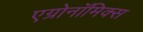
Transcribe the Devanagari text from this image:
एग्रोनॉमिक्स